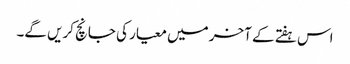
اس ہفتے کے آخر میں معیار کی جانچ کریں گے۔